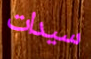
سيدات